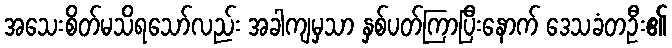
အသေးစိတ်မသိရသော်လည်း အခါကျမှသာ နှစ်ပတ်ကြာပြီးနောက် ဒေသခံတဦး၏